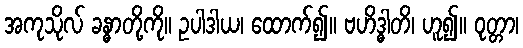
အကုသိုလ် ခန္ဓာတို့ကို။ ဥပါဒါယ၊ ထောက်၍။ ဗဟိဒ္ဓါတိ၊ ဟူ၍။ ဝုတ္တာ၊